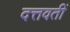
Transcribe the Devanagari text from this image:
दत्तवतीं